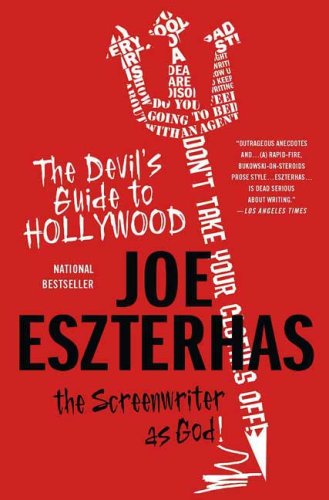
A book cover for The Devil's Guide to Hollywood: The Screenwriter as God!; Joe Eszterhas; Mystery, Thriller & Suspense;